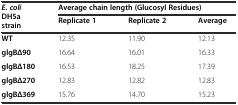
| <ROWSPAN=2> E. coliDH5a strain | <COLSPAN=3> Average chain length (Glucosyl Residues) |
 | Replicate 1 | Replicate 2 | Average |
 | --- | --- | --- | --- |
 | WT | 12.35 | 11.90 | 12.13 |
 | glgBΔ90 | 16.64 | 16.01 | 16.33 |
 | glgBΔ180 | 16.53 | 18.25 | 17.39 |
 | glgBΔ270 | 12.83 | 12.82 | 12.83 |
 | glgBΔ369 | 15.76 | 14.70 | 15.23 |